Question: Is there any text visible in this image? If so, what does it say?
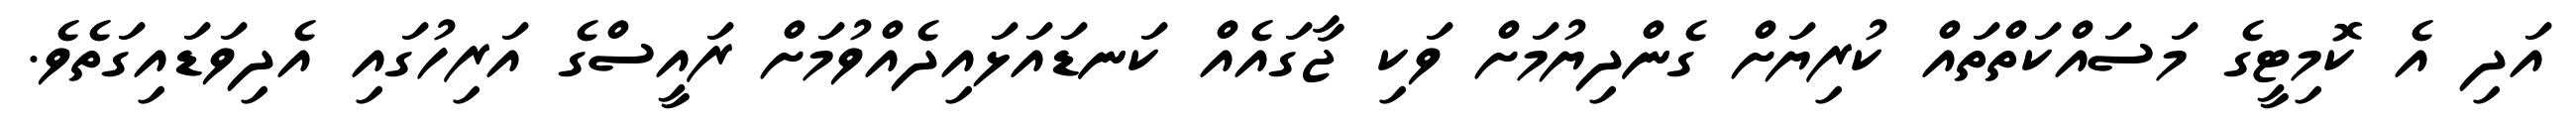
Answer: އަދި އެ ކޮމިޓީގެ މަސައްކަތްތައް ކުރިޔަށް ގެންދިޔުމަށް ވަކި ޖާގައެއް ކަނޑައަޅައިދެއްވުމަށް ރައީސްގެ އަރިހުގައި އެދިވަޑައިގަތެވެ.